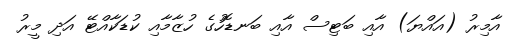
އާމިރު (އައްޔަ) އާއި ބަޓިސް އާއި ބަނޑޮހުގެ ހުޒާމާއި ކުޑަކާއްޓޭ އަދި މީރު